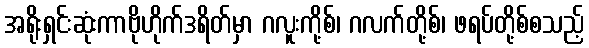
အရိုးရှင်းဆုံးကာဗိုဟိုက်ဒရိတ်မှာ ဂလူးကို့စ်၊ ဂလက်တို့စ်၊ ဖရပ်တို့စ်စသည့်